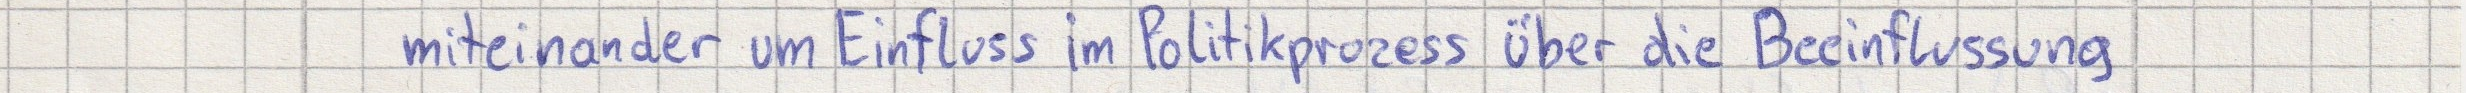
miteinander um Einfluss im Politikprozess über die Beeinflussung